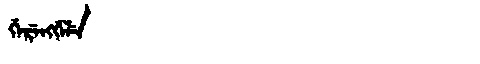
Manchu: ᡤᡝᡵᡝᠩᡤᡝᠯᡝ
Romanization: GERENGGELE